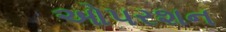
ઓપરશન